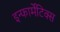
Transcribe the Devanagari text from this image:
इन्फार्मेटिक्स